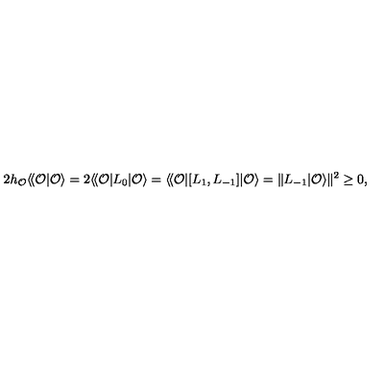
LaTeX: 2 h _ { \cal O } \langle \! \langle { \cal O } | { \cal O } \rangle = 2 \langle \! \langle { \cal O } | L _ { 0 } | { \cal O } \rangle = \langle \! \langle { \cal O } | [ L _ { 1 } , L _ { - 1 } ] | { \cal O } \rangle = \| L _ { - 1 } | { \cal O } \rangle \| ^ { 2 } \geq 0 ,